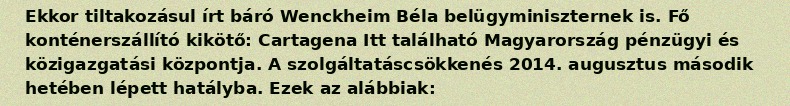
Ekkor tiltakozásul írt báró Wenckheim Béla belügyminiszternek is. Fő konténerszállító kikötő: Cartagena Itt található Magyarország pénzügyi és közigazgatási központja. A szolgáltatáscsökkenés 2014. augusztus második hetében lépett hatályba. Ezek az alábbiak: